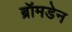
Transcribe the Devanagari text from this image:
ब्रॉमडेन